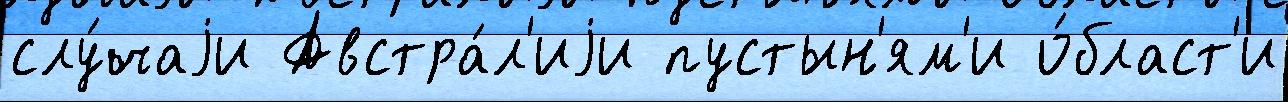
слу́чаjи Австра́л'иjи пустын'ям'и о́бласт'и